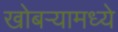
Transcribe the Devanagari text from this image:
खोबऱ्यामध्ये